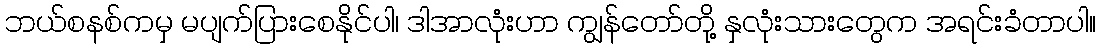
ဘယ်စနစ်ကမှ မပျက်ပြားစေနိုင်ပါ၊ ဒါအာလုံးဟာ ကျွန်တော်တို့ နှလုံးသားတွေက အရင်းခံတာပါ။